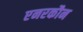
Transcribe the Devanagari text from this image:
एनरकौन